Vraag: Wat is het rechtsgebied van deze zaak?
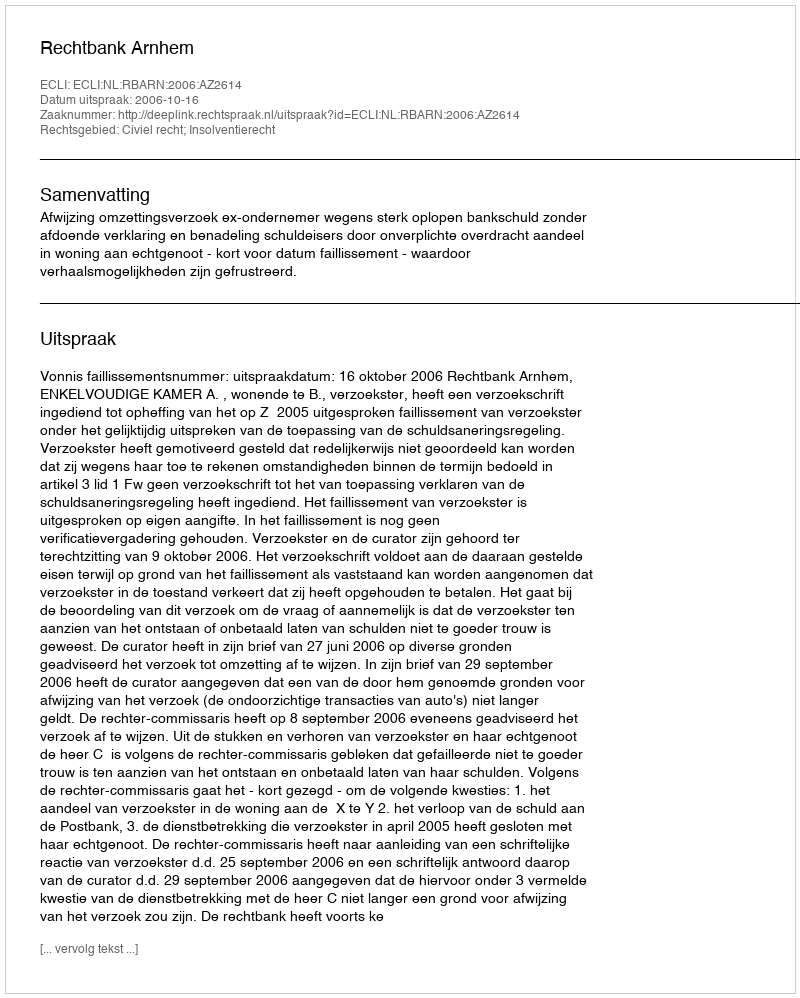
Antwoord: Civiel recht; Insolventierecht